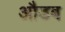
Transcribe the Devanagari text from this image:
औडब